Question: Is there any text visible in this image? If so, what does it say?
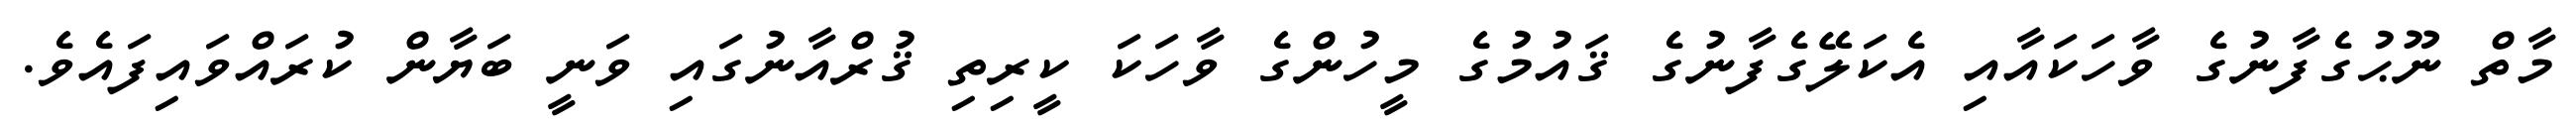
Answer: މާތް ނޫޙުގެފާނުގެ ވާހަކައާއި އެކަލޭގެފާނުގެ ޤައުމުގެ މީހުންގެ ވާހަކަ ކީރިތި ޤުރްއާނުގައި ވަނީ ބަޔާން ކުރައްވައިފައެވެ.